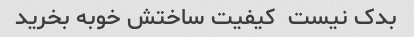
بدک نیست  کیفیت ساختش خوبه بخرید